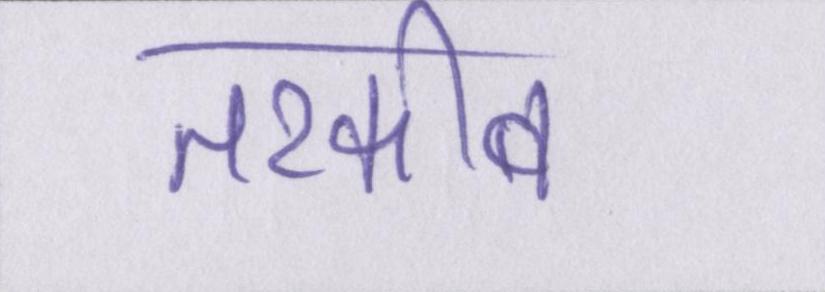
तरकीब